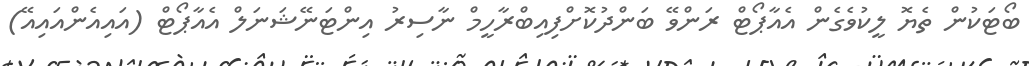
ބޯޓަކުން ތެޔޮ ލީކުވެގެން އެއާޕޯޓް ރަންވޭ ބަންދުކޮށްފިއިބްރާހީމް ނާސިރު އިންޓަނޭޝަނަލް އެއާޕޯޓް (އައިއެންއައިއޭ)